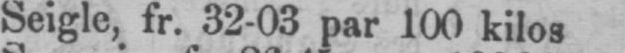
Seigle, fr. 32-03 par 100 kilos